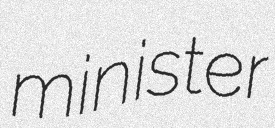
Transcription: minister